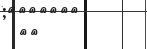
٣٨